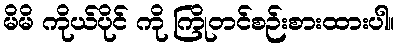
မိမိ ကိုယ်ပိုင် ကို ကြိုတင်စဉ်းစားထားပါ။